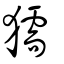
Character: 獳